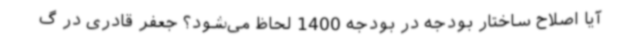
آیا اصلاح ساختار بودجه در بودجه 1400 لحاظ می‌شود؟ جعفر قادری در گ